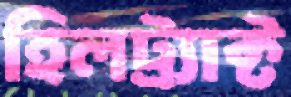
হিলট্র্যাক্ট